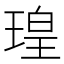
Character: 瑝